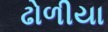
ઢોળીયા